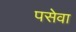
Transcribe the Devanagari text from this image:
पसेवा